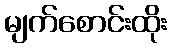
မျက်စောင်းထိုး